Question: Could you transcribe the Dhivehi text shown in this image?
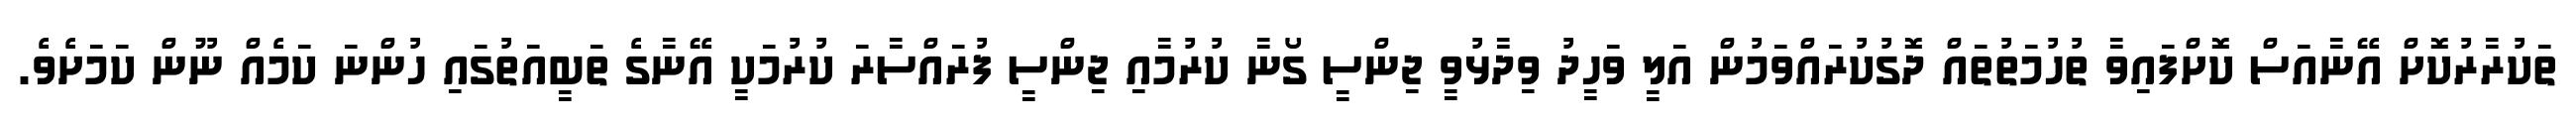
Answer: ތަކުރާރުކޮށް އޭނާއަސް ކޮށްފައިވާ ތުހުމަތުތައް ދޮގުކުރައްވަމުން އަލީ ވަހީދު ވިދާޅުވީ ޖިންސީ ގޯނާ ކުރުމާއި ޖިންސީ ފުރައްސާރަ ކުރުމަކީ އޭނާގެ ތަބީއަތުގައި ހުންނަ ކަމެއް ނޫން ކަމަށެވެ.